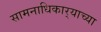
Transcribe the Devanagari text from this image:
सामनाधिकार्‍याच्या